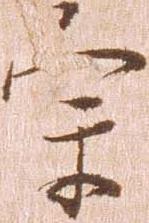
宗